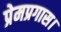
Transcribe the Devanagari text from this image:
प्रेमप्रगास।